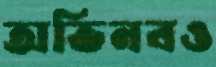
অভিনবও